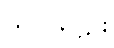
တပါတည်း